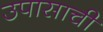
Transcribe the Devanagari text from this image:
उपासाची